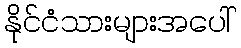
နိုင်ငံသားများအပေါ်